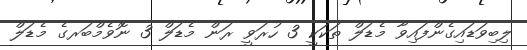
ލިބިވަޑައިގެންފައިވާ މެޑަލް ތަކަކީ 3 ހުރަވީ ރަން މެޑަލް 3 ނޮވެމްބަރގެ މެޑަލް